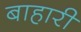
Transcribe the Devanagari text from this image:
बाहारी